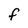
Character: f